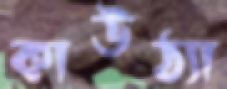
কাউঠ্যা